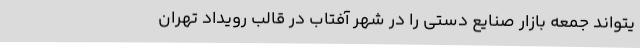
یتواند جمعه بازار صنایع دستی را در شهر آفتاب در قالب رویداد تهران